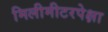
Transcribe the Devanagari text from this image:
मिलीमीटरपेक्षा